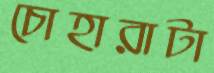
চোহারাটা